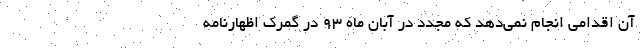
آن اقدامی انجام نمی‌دهد که مجدد در آبان ماه ۹۳ در گمرک اظهارنامه